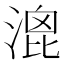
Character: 𣹮